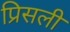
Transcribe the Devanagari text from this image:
प्रिसली